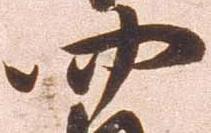
四